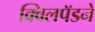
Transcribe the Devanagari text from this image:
क्विलपॅडने